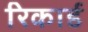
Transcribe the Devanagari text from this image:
रिकार्ड